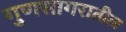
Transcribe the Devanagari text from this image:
गुणसागरातील